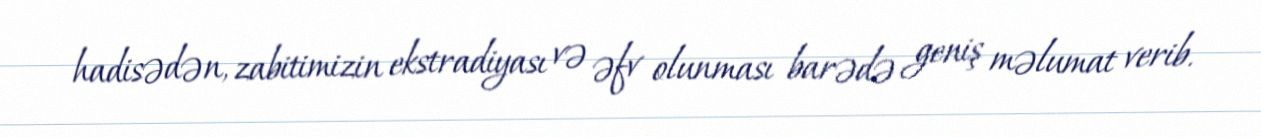
hadisədən, zabitimizin ekstradiyası və əfv olunması barədə geniş məlumat verib.